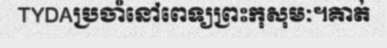
TYDAប្រចាំនៅពេទ្យព្រះកុសុមៈ។គាត់